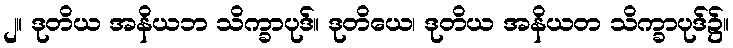
၂။ ဒုတိယ အနိယဘ သိက္ခာပုဒ်။ ဒုတိယေ၊ ဒုတိယ အနိယတ သိက္ခာပုဒ်၌။